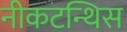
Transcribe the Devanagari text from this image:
नीकटन्थिस